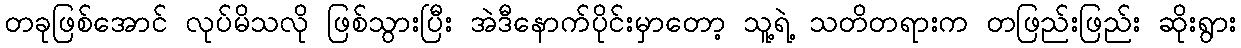
တခုဖြစ်အောင် လုပ်မိသလို ဖြစ်သွားပြီး အဲဒီနောက်ပိုင်းမှာတော့ သူ့ရဲ့ သတိတရားက တဖြည်းဖြည်း ဆိုးရွား